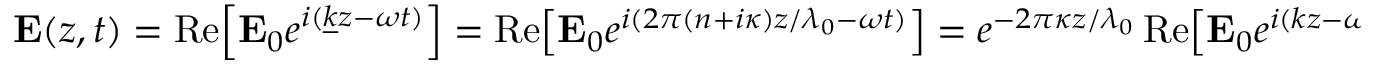
\mathbf { E } ( z , t ) = \operatorname { R e } \! \left[ \mathbf { E } _ { 0 } e ^ { i ( { \underline { { k } } } z - \omega t ) } \right] = \operatorname { R e } \! \left[ \mathbf { E } _ { 0 } e ^ { i ( 2 \pi ( n + i \kappa ) z / \lambda _ { 0 } - \omega t ) } \right] = e ^ { - 2 \pi \kappa z / \lambda _ { 0 } } \operatorname { R e } \! \left[ \mathbf { E } _ { 0 } e ^ { i ( k z - \omega t ) } \right] .